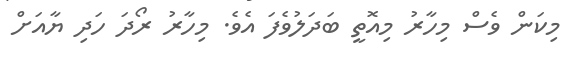
މިކަން ވެސް މިހާރު މިއޮތީ ބަދަލުވެފަ އެވެ. މިހާރު ރޯދަ ހަދި ޔާއަށް